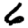
Digit: 6